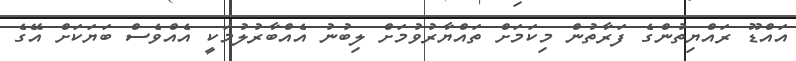
އައްޑޫ ރައްޔިތުންގެ ފަރާތުން މިކަމަށް ތައްޔާރުވުމަށް ލިބުނު އެއްބާރުލުމަކީ އެއްވެސް ބަޔަކަށް އޭގެ